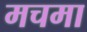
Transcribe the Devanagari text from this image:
मचमा